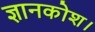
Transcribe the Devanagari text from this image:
ज्ञानकोश।